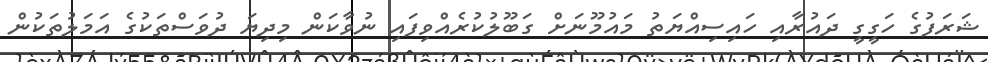
ޝަރަފުގެ ހަގީގީ ދައުރާއި ހައިސިއްޔަތު މައުމޫނަށް ގަބޫލުކުރެއްވިފައި ނުވާކަން މިދިޔަ ދުވަސްތަކުގެ އަމަލުތަކުން